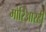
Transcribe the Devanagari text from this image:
मोरिआरटी